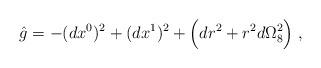
LaTeX: \begin{align*}\hat{g}=-(dx^0)^2+(dx^1)^2+\Big(dr^2+r^2d\Omega_8^2\Big)\; ,\end{align*}